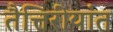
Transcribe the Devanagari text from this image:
तैत्तिरीयांत